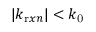
| k _ { \mathrm { r } x n } | < k _ { \mathrm { 0 } }